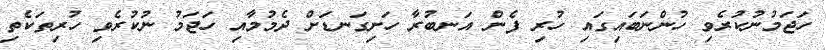
ހަޖަމުނުކުރެވި ހުންނަބައިގައި ހުރި ފެން އަނބުރާ ހަށިގަނޑަށް ދެމުމާއި ހަޖަމު ނުކުރެވި ހުރިތަކެތި